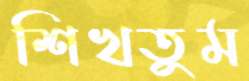
শিখতুম